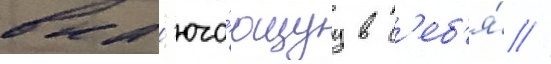
вкл'юча́ющуу в с'еб'я́ //